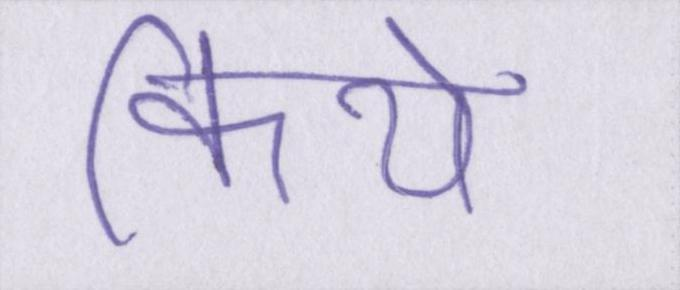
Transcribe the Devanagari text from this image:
किये।